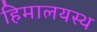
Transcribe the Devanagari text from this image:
हिमालयस्थ